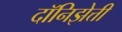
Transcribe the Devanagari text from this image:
दॉनिझेत्ती